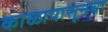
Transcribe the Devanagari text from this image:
काळापासूनचा